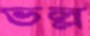
ভল্ল